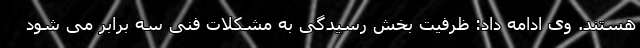
هستند. وی ادامه داد: ظرفیت بخش رسیدگی به مشکلات فنی سه برابر می شود